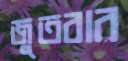
জুতবার